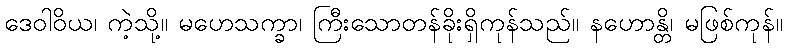
ဒေဝါဝိယ၊ ကဲ့သို့။ မဟေသက္ခာ၊ ကြီးသောတန်ခိုးရှိကုန်သည်။ နဟောန္တိ၊ မဖြစ်ကုန်။